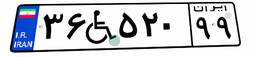
۳۶W۵۲۰۹۹